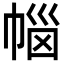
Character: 𭘥